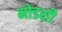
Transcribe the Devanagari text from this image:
मोडशी